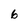
Character: 6